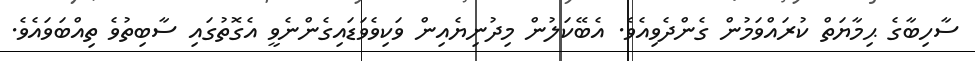
ސާހިބާގެ ޙިމާޔަތް ކުރައްވަމުން ގެންދެވިއެވެ. އެބޭކަލުން މިދުނިޔެއިން ވަކިވެވަޑައިގެންނެވީ އެގޮތުގައި ސާބިތުވެ ތިއްބަވައެވެ.